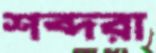
শব্দরা